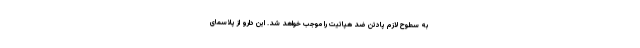
به سطوح لازم پادتن ضد هپاتیت را موجب خواهد ‌شد. این دارو از پلاسمای